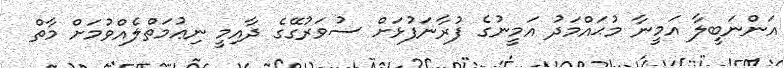
އަންނަބީލާ އަމީނާ މުޙައްމަދު އަމީނުގެ ފުރާނަފުޅަށް ސުވަރުގޭގެ ދާއިމީ ނިޢުމަތްލެއްވުމަށް މާތް